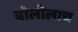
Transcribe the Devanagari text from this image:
बोलीलाच